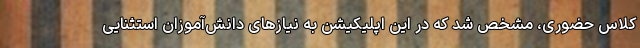
کلاس حضوری، مشخص شد که در این اپلیکیشن به نیازهای دانش‌آموزان استثنایی